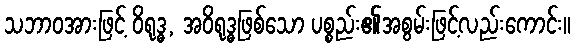
သဘာဝအားဖြင့် ဝိရုဒ္ဓ, အဝိရုဒ္ဓဖြစ်သော ပစ္စည်း၏အစွမ်းဖြင့်လည်းကောင်း။